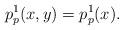
LaTeX: \begin{align*}p^1_p(x,y)=p^1_p(x).\end{align*}